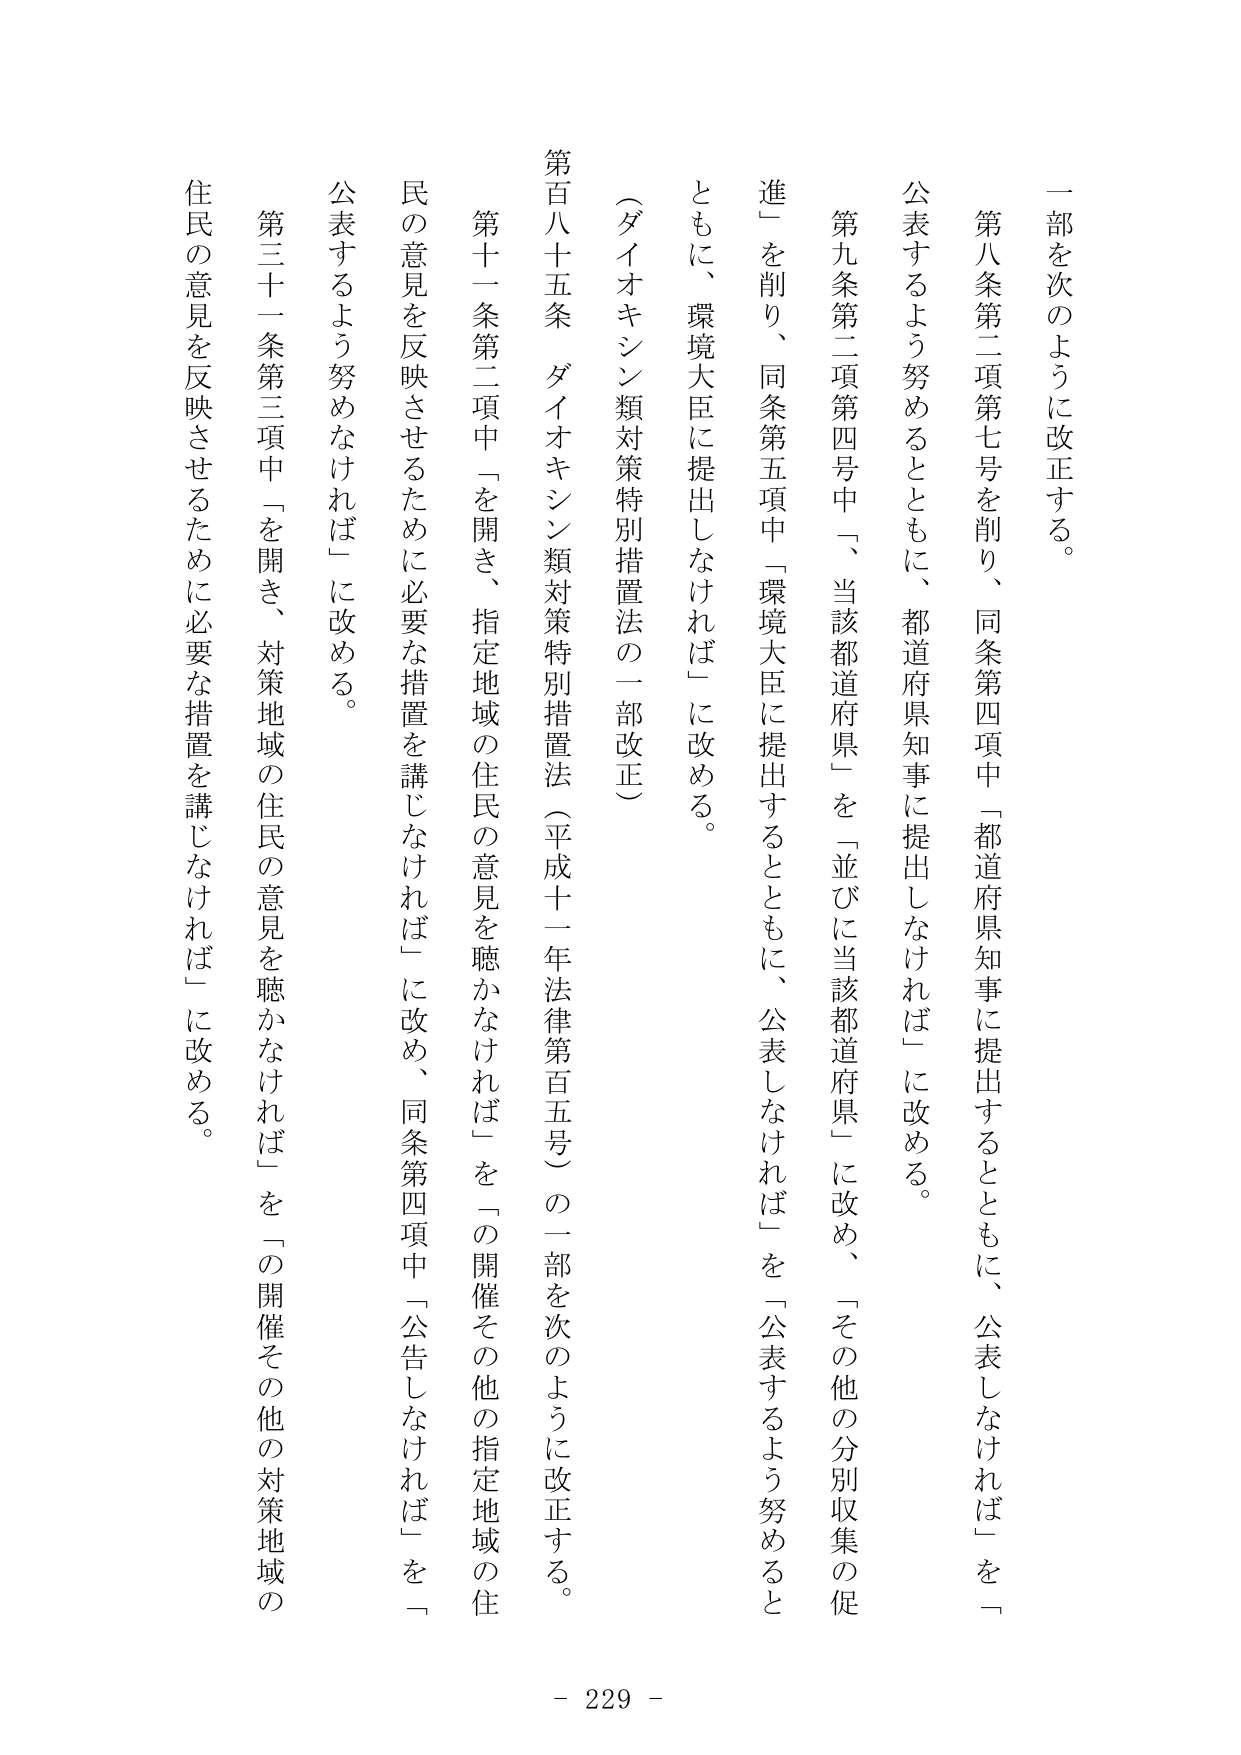
一部を次のように改正する。

第八条第二項第七号を削り、同条第四項中「都道府県知事に提出するとともに、公表しなければ」を「公表するよう努めるとともに、都道府県知事に提出しなければ」に改める。

第九条第二項第四号中「、当該都道府県」を「並びに当該都道府県」に改め、「その他の分別収集の促進」を削り、同条第五項中「環境大臣に提出するとともに、公表しなければ」を「公表するよう努めるとともに、環境大臣に提出しなければ」に改める。

（ダイオキシン類対策特別措置法の一部改正）

第百八十五条 ダイオキシン類対策特別措置法（平成十一年法律第百五号）の一部を次のように改正する。

第十一条第二項中「を開き、指定地域の住民の意見を聴かなければ」を「の開催その他の指定地域の住民の意見を反映させるために必要な措置を講じなければ」に改め、同条第四項中「公告しなければ」を「公表するよう努めなければ」に改める。

第三十一条第三項中「を開き、対策地域の住民の意見を聴かなければ」を「の開催その他の対策地域の住民の意見を反映させるために必要な措置を講じなければ」に改める。

- 229 -